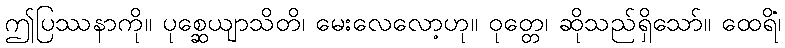
ဤပြဿနာကို။ ပုစ္ဆေယျာသိတိ၊ မေးလေလော့ဟု။ ဝုတ္တေ၊ ဆိုသည်ရှိသော်။ ထေရိံ၊